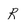
Character: r